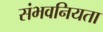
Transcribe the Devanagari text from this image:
संभवनियता